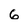
Character: 6